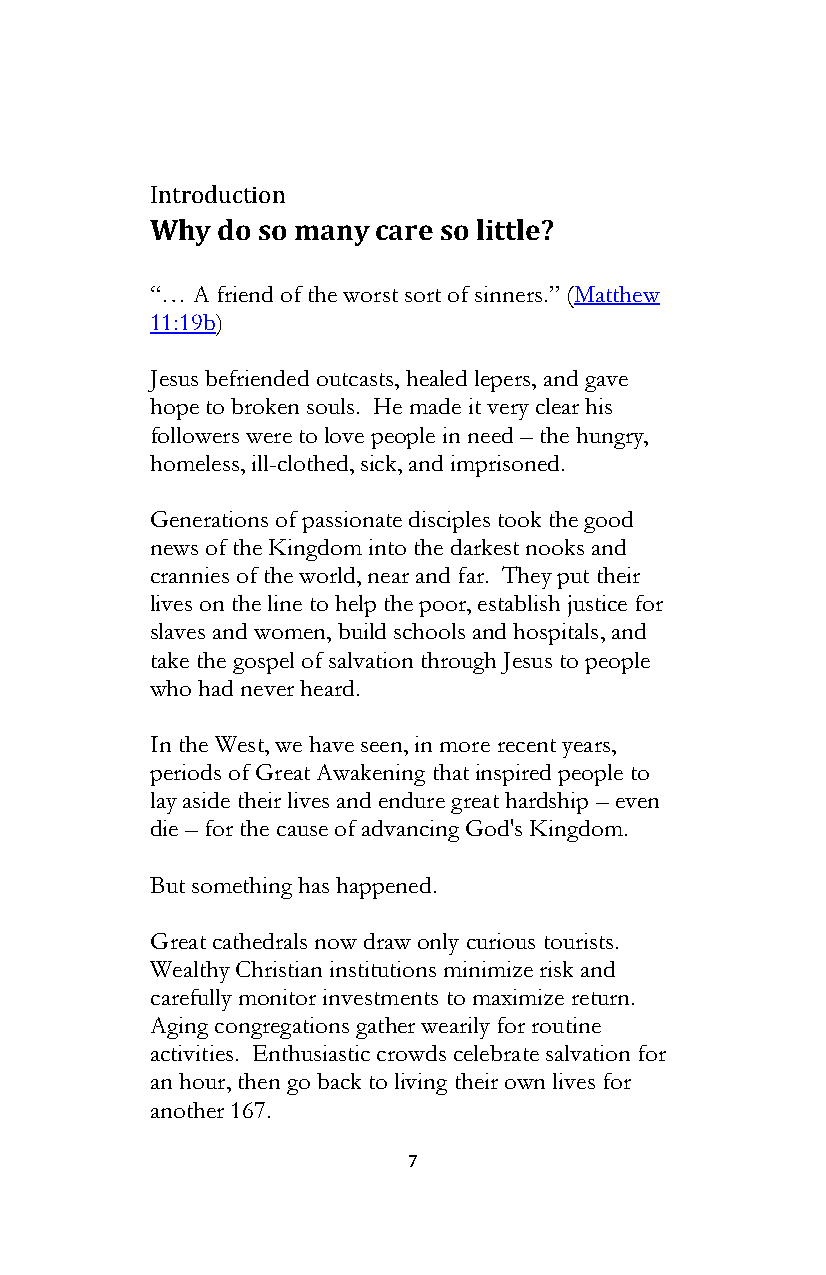
Introduction
 Why do so many care so little?
 “… A friend of the worst sort of sinners.” (Matthew
 11:19b)
 Jesus befriended outcasts, healed lepers, and gave
 hope to broken souls. He made it very clear his
 followers were to love people in need – the hungry,
 homeless, ill-clothed, sick, and imprisoned.
 Generations of passionate disciples took the good
 news of the Kingdom into the darkest nooks and
 crannies of the world, near and far. They put their
 lives on the line to help the poor, establish justice for
 slaves and women, build schools and hospitals, and
 take the gospel of salvation through Jesus to people
 who had never heard.
 In the West, we have seen, in more recent years,
 periods of Great Awakening that inspired people to
 lay aside their lives and endure great hardship – even
 die – for the cause of advancing God's Kingdom.
 But something has happened.
 Great cathedrals now draw only curious tourists.
 Wealthy Christian institutions minimize risk and
 carefully monitor investments to maximize return.
 Aging congregations gather wearily for routine
 activities. Enthusiastic crowds celebrate salvation for
 an hour, then go back to living their own lives for
 another 167.
 7